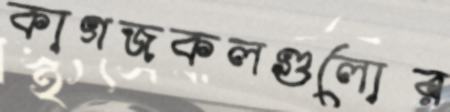
কাগজকলগুলোর